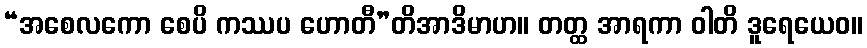
“အစေလကော စေပိ ကဿပ ဟောတီ”တိအာဒိမာဟ။ တတ္ထ အာရကာ ဝါတိ ဒူရေယေဝ။